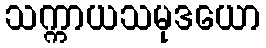
သက္ကာယသမုဒယော